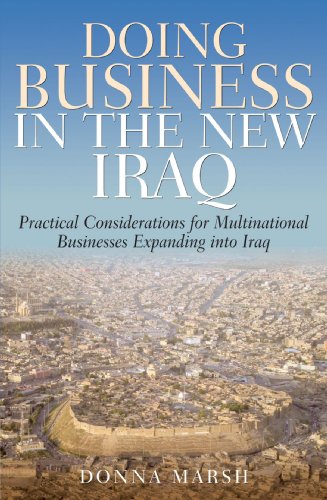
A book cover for Doing Business in the New Iraq: Practical Considerations for Multinational Businesses Expanding into Iraq; Donna Marsh; Travel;